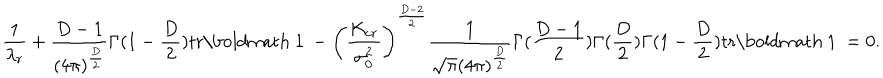
LaTeX: \frac { 1 } { \lambda _ { r } } + \frac { D - 1 } { ( 4 \pi ) ^ { \frac { D } { 2 } } } \Gamma ( 1 - \frac { D } { 2 } ) \mathrm { t r } \mathrm { \boldmath ~ 1 ~ } - \left( \frac { K _ { c r } } { \sigma _ { 0 } ^ { 2 } } \right) ^ { \frac { D - 2 } { 2 } } \frac { 1 } { \sqrt { \pi } ( 4 \pi ) ^ { \frac { D } { 2 } } } \Gamma ( \frac { D - 1 } { 2 } ) \Gamma ( \frac { D } { 2 } ) \Gamma ( 1 - \frac { D } { 2 } ) \mathrm { t r } \mathrm { \boldmath ~ 1 ~ } = 0 .